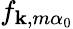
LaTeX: f_{\mathbf{k},m\alpha_{0}}